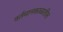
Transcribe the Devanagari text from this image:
वर्तमानकाळातील